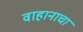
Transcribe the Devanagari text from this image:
वाहानाचा